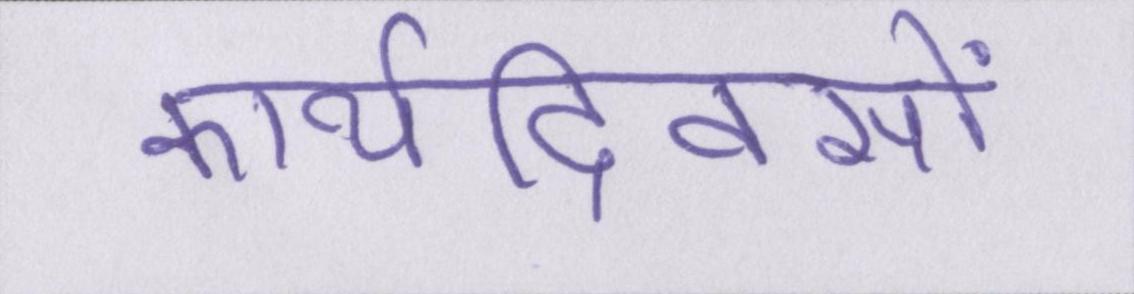
कार्यदिवसों